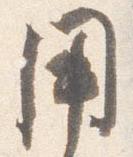
用